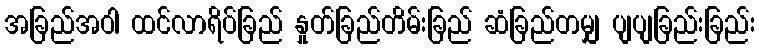
အခြည်အဝါ ထင်လာရိပ်ခြည် နှုတ်ခြည်တိမ်းခြည် ဆံခြည်တမျှ ပျပျခြည်းခြည်း